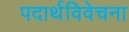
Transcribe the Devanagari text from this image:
पदार्थविवेचना